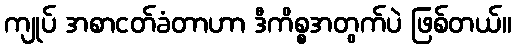
ကျုပ် အစာငတ်ခံတာဟာ ဒီကိစ္စအတွက်ပဲ ဖြစ်တယ်။